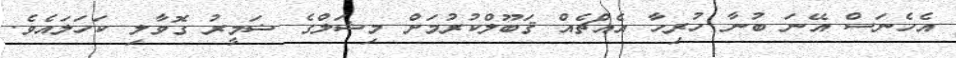
އެހެނަސް އޭނަ ބުނާ ހުރިހާ އެއްޗެއް ޤަބޫލްކުރުމަށް މިޝަލްގެ ޟަމީރު ގޮވާލި ކަހަލައެވެ.